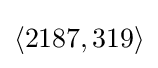
\langle 2187,319\rangle